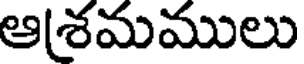
ఆ(శమములు